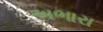
અભારા